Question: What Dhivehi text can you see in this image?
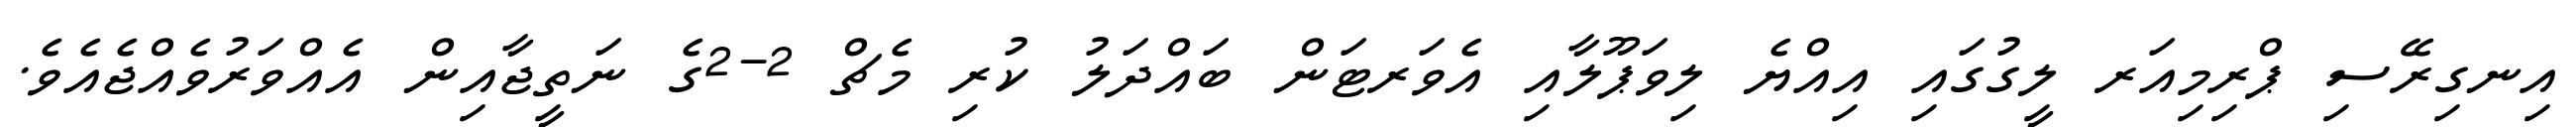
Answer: އިނގިރޭސި ޕްރިމިއަރ ލީގުގައި އިއްޔެ ލިވަޕޫލާއި އެވަރޓަން ބައްދަލު ކުރި މެޗް 2-2ގެ ނަތީޖާއިން އެއްވަރުވެއްޖެއެވެ.